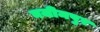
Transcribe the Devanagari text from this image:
नजीमपुर